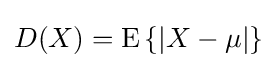
D(X)=\operatorname {E} \left\{\left|X-\mu \right|\right\}